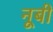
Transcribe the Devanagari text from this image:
नूबी